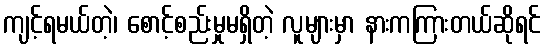
ကျင့်ရမယ်တဲ့၊ စောင့်စည်းမှုမရှိတဲ့ လူများမှာ နားကကြားတယ်ဆိုရင်